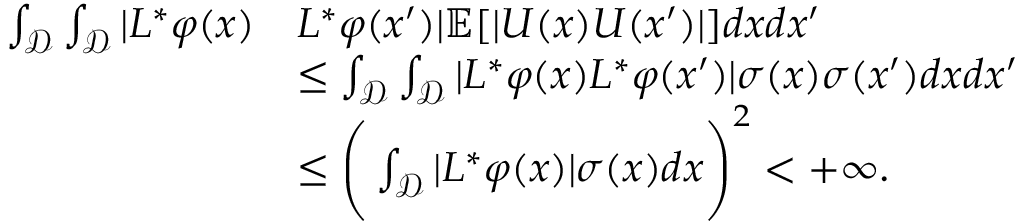
\begin{array} { r l } { \int _ { \mathcal { D } } \int _ { \mathcal { D } } | L ^ { * } \varphi ( x ) } & { L ^ { * } \varphi ( x ^ { \prime } ) | \mathbb { E } [ | U ( x ) U ( x ^ { \prime } ) | ] d x d x ^ { \prime } } \\ & { \leq \int _ { \mathcal { D } } \int _ { \mathcal { D } } | L ^ { * } \varphi ( x ) L ^ { * } \varphi ( x ^ { \prime } ) | \sigma ( x ) \sigma ( x ^ { \prime } ) d x d x ^ { \prime } } \\ & { \leq \Bigg ( \int _ { \mathcal { D } } | L ^ { * } \varphi ( x ) | \sigma ( x ) d x \Bigg ) ^ { 2 } < + \infty . } \end{array}